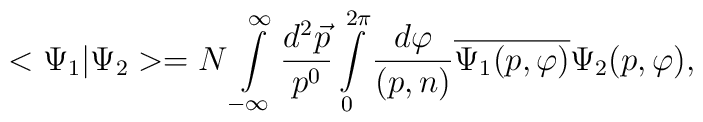
<\Psi_1|\Psi_2>=N\int\limits_{-\infty}^{\infty}\frac{d^2\vec{p}}{p^0}\int\limits_0^{2\pi} \frac{d\varphi}{(p,n)}\overline{\Psi_1(p,\varphi)}\Psi_2(p,\varphi),